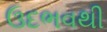
ઉદભવથી